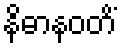
နိဓာနဝတိံ